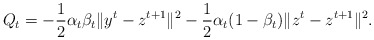
\begin{align*}Q_t = -\frac{1}{2}\alpha_t\beta_t\|y^t-z^{t+1}\|^2-\frac{1}{2}\alpha_t(1-\beta_t)\|z^t-z^{t+1}\|^2.\end{align*}